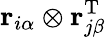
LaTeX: {\mathbf r}_{i\alpha}\otimes{\mathbf r}_{j\beta}^{\mathrm{T}}